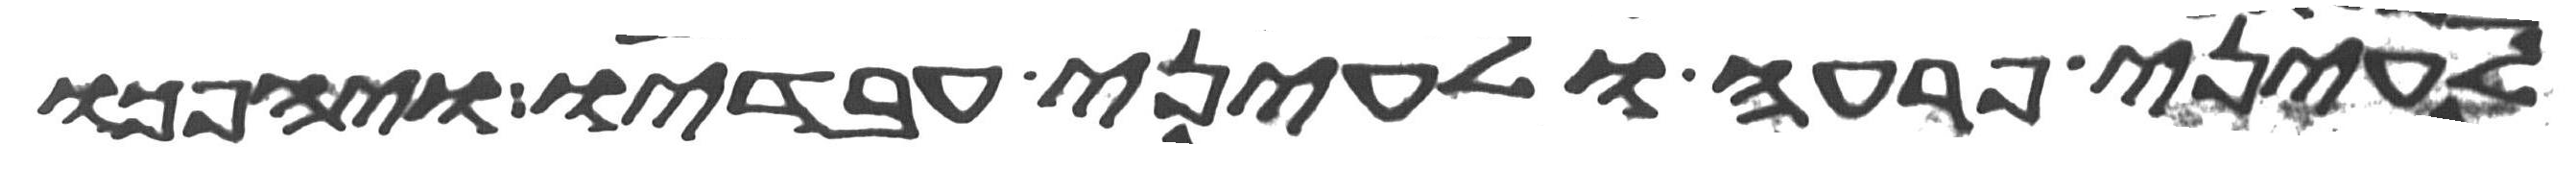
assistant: לעיני פרעה ולעיני עבדיו ויהפכו